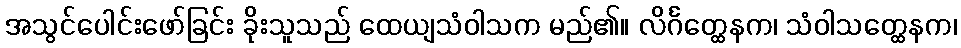
အသွင်ပေါင်းဖော်ခြင်း ခိုးသူသည် ထေယျသံဝါသက မည်၏။ လိင်္ဂတ္ထေနက၊ သံဝါသတ္ထေနက၊